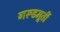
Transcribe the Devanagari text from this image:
गरूडमूर्ती